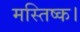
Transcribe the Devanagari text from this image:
मस्तिष्क।